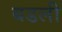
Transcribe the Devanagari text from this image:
बडली